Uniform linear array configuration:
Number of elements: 4
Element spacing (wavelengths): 0.5
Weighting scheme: cosine
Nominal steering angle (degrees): -45
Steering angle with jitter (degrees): -43.524
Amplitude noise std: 0.05
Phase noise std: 0.05

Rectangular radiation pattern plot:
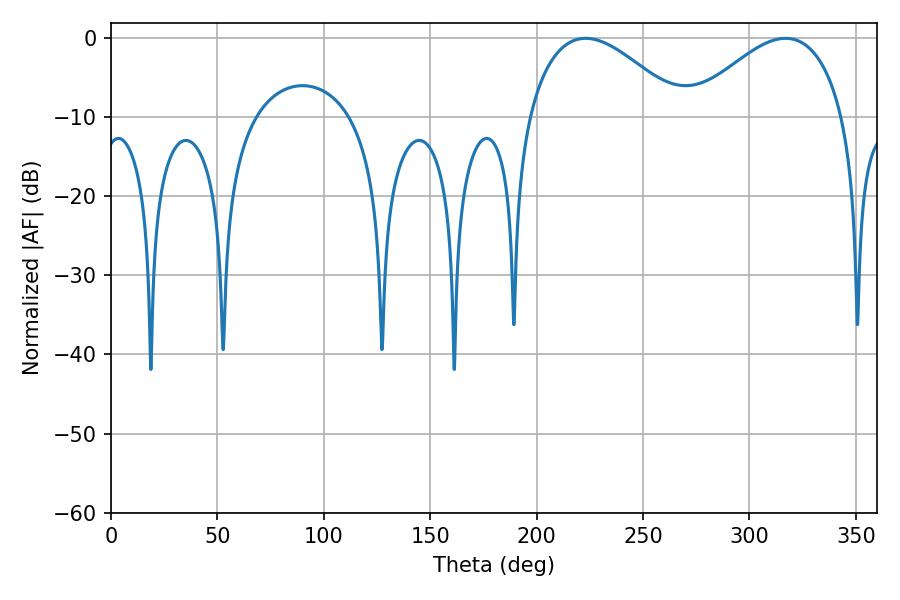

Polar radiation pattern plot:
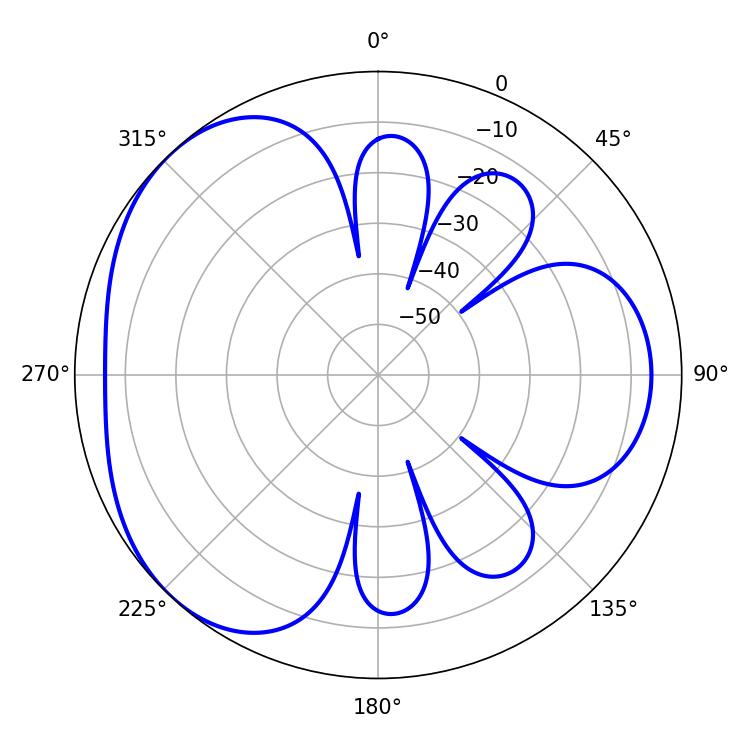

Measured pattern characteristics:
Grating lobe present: FALSE
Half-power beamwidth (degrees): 39.6
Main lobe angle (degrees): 223.02